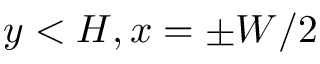
y < H , x = \pm W / 2